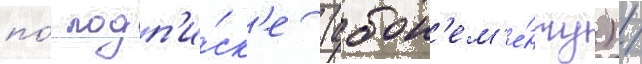
по́ подп'и́ск'е (абон'ем'е́нту) /